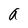
Character: a